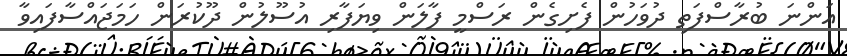
އަންނަ ބުރާސްފަތި ދުވަހުން ފެށިގެން ރަސްމީ ފާލަން ވިޔަފާރި އުސޫލުން ދޫކުރަން ހަމަޖައްސާފައިވާ